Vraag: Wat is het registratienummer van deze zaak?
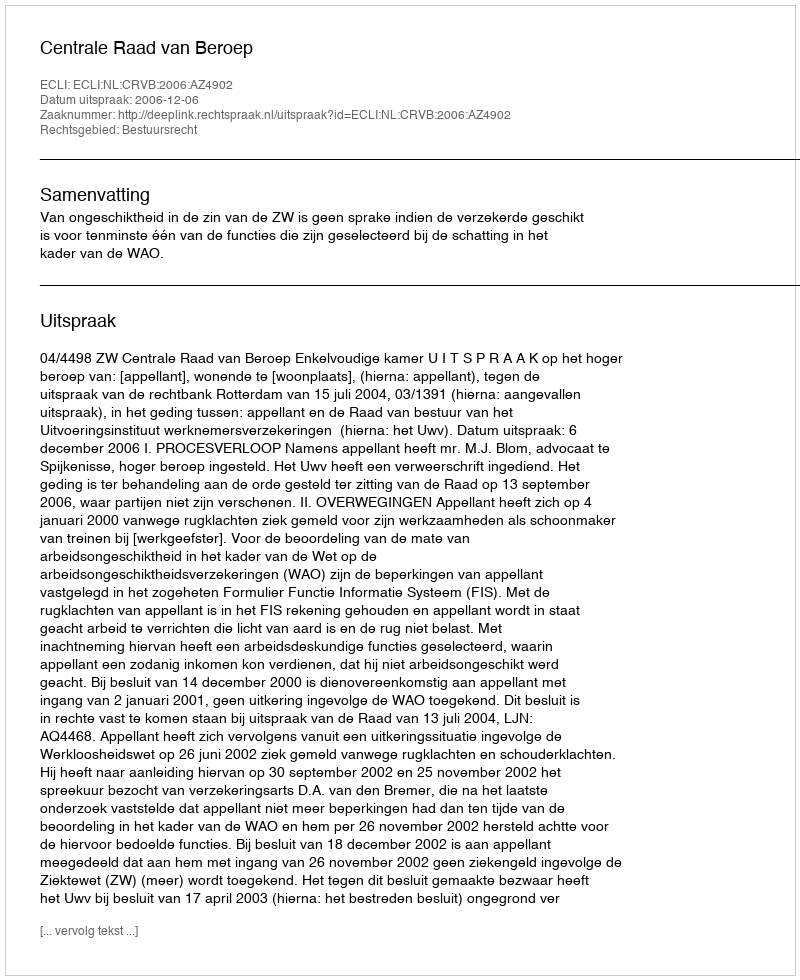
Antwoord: http://deeplink.rechtspraak.nl/uitspraak?id=ECLI:NL:CRVB:2006:AZ4902